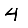
Digit: 4